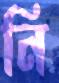
নি